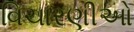
વિચારણીઓ